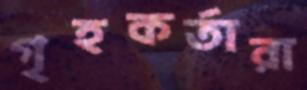
গৃহকর্তারা